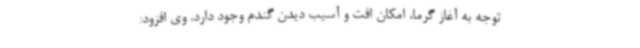
توجه به آغاز گرما، امکان افت و آسیب دیدن گندم وجود دارد. وی افزود: